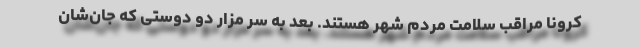
کرونا مراقب سلامت مردم شهر هستند. بعد به سر مزار دو دوستی که جان‌شان